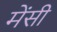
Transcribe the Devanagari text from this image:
मेंसी